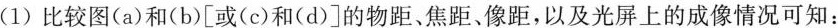
(1)比较图(a)和(b)[或(c)和(d)]的物距、焦距、像距，以及光屏上的成像情况可知：